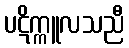
ပဋိက္ကူလသညီ